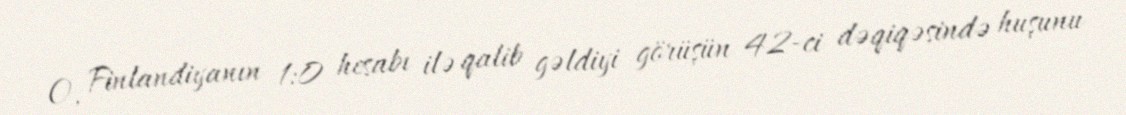
O, Finlandiyanın 1:0 hesabı ilə qalib gəldiyi görüşün 42-ci dəqiqəsində huşunu